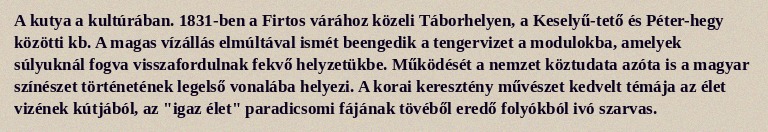
A kutya a kultúrában. 1831-ben a Firtos várához közeli Táborhelyen, a Keselyű-tető és Péter-hegy közötti kb. A magas vízállás elmúltával ismét beengedik a tengervizet a modulokba, amelyek súlyuknál fogva visszafordulnak fekvő helyzetükbe. Működését a nemzet köztudata azóta is a magyar színészet történetének legelső vonalába helyezi. A korai keresztény művészet kedvelt témája az élet vizének kútjából, az "igaz élet" paradicsomi fájának tövéből eredő folyókból ivó szarvas.